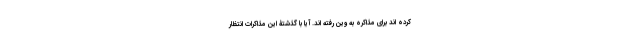
کرده اند برای مذاکره به وین رفته اند. آیا با گذشتۀ این مذاکرات انتظار